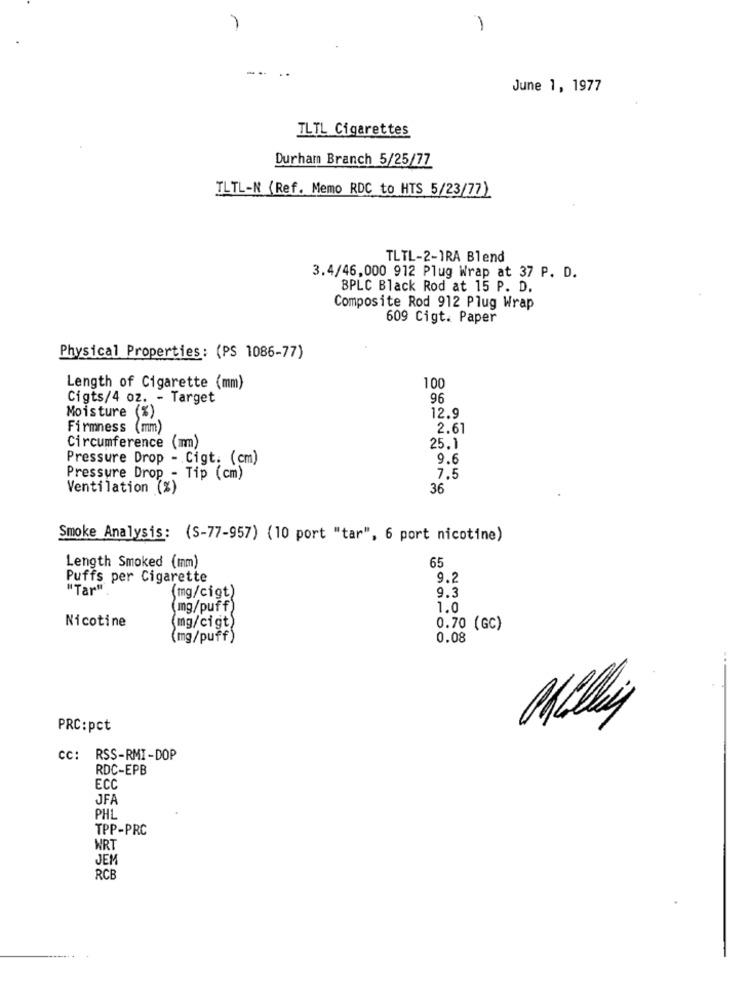
1
-
June 1, 1977
TLTL Cigarettes
Durham Branch 5/25/77
TLTL-N (Ref. Memo RDC to HTS 5/23/77)
TLTL-2-1RA Blend
3.4/46,000 912 Plug Wrap at 37 P. D.
BPLC Black Rod at 15 P. D.
Composite Rod 912 Plug Wrap
609 Cigt. Paper
Physical Properties: (PS 1086-77)
Length of Cigarette (mm)
100
Cigts/4 oz. - Target
96
Moisture (%).
12.9
Firmness (mm)
2.61
Circumference (mm)
25.1
Pressure Drop - . Cigt. (cm)
9.6
Pressure Drop - Tip (cm)
7.5
Ventilation (%)
36
Smoke Analysis: (S-77-957) (10 port "tar", 6 port nicotine)
Length Smoked (mm)
65
Puffs per Cigarette
9.2
"Tar".
9.3
(mg/cigt)
(mg/puff)
1.0
Nicotine
mg/cigt)
0.70 (GC)
(mg/puff)
0.08
PRC:pct
CC: RSS-RMI-DOP
RDC-EPB
ECC
JFA
PHL
TPP-PRC
WRT
JEM
RCE